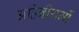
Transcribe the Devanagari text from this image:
अहिनीयमों